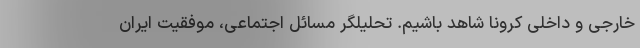
خارجی و داخلی کرونا شاهد باشیم. تحلیلگر مسائل اجتماعی، موفقیت ایران